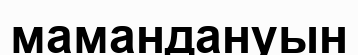
мамандануын